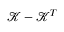
\mathcal { K } - \mathcal { K } ^ { T }